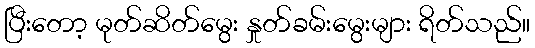
ပြီးတော့ မုတ်ဆိတ်မွေး နှုတ်ခမ်းမွေးများ ရိတ်သည်။